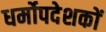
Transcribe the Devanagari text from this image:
धर्मोपदेशकों